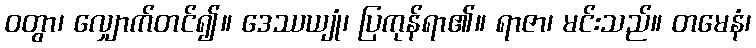
ဝတွာ၊ လျှောက်တင်၍။ ဒေဿယျုံ၊ ပြကုန်ရာ၏။ ရာဇာ၊ မင်းသည်။ တမေနံ၊